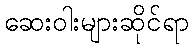
ဆေးဝါးများဆိုင်ရာ